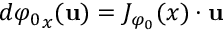
d { \varphi _ { 0 } } _ { x } ( { \mathbf { u } } ) = J _ { \varphi _ { 0 } } ( x ) \cdot { \mathbf { u } }